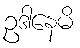
ဥဒါနေမိ